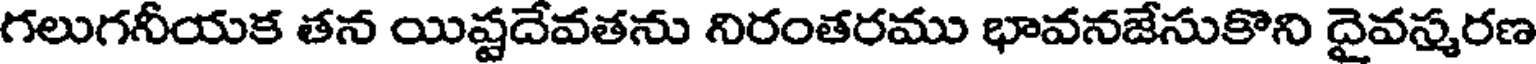
గలుగనీయక తన యిష్టదేవతను నిరంతరము భావనజేసుకొని దైవస్మరణ